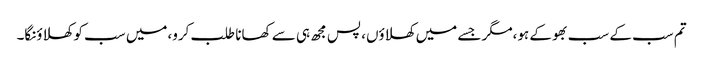
تم سب کے سب بھوکے ہو،مگر جسے میں کھلاؤں، پس مجھ ہی سے کھانا طلب کرو،میں سب کو کھلاؤنگا۔